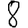
Digit: 8